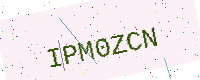
Text: IPM0ZCN